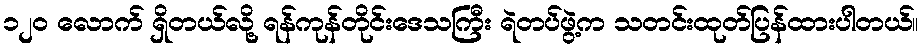
၁၂၀ လောက် ရှိတယ်လို့ ရန်ကုန်တိုင်းဒေသကြီး ရဲတပ်ဖွဲ့က သတင်းထုတ်ပြန်ထားပါတယ်။